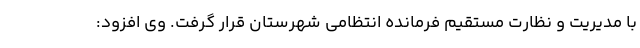
با مدیریت و نظارت مستقیم فرمانده انتظامی شهرستان قرار گرفت. وی افزود: